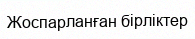
Жоспарланған бірліктер